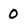
Character: 0